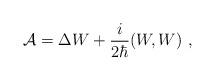
LaTeX: \begin{align*}{\cal A}=\Delta W +\frac{i}{2\hbar }(W,W) \ ,\end{align*}